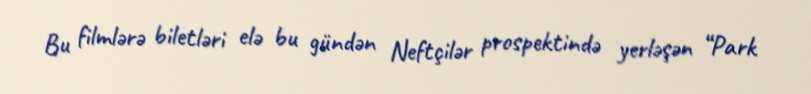
Bu filmlərə biletləri elə bu gündən Neftçilər prospektində yerləşən “Park